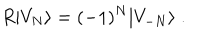
LaTeX: R \vert V _ { N } \rangle = ( - 1 ) ^ { N } \vert V _ { - N } \rangle \; .